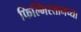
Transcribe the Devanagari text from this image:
फिल्मिस्तानच्या